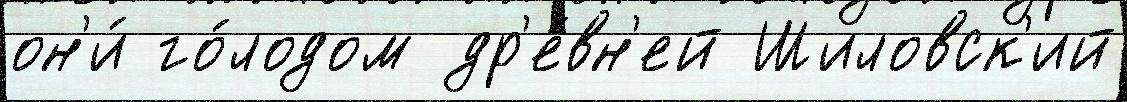
он'и́ го́лодом др'е́вн'ей Шиловск'ий